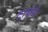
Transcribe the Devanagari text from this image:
टाचेने